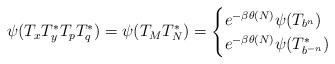
LaTeX: \begin{align*} \psi(T_xT_y^*T_pT_q^*)= \psi(T_{M}T_N^*) =\begin{cases}e^{-\beta \theta(N)} \psi(T_{b^n}) &\\e^{-\beta \theta(N)} \psi(T_{b^{-n}}^*) &\end{cases} \end{align*}